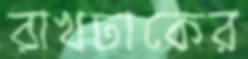
রাখঢাকের